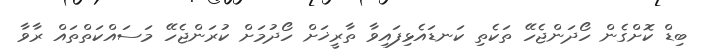
ބިޑް ކޮށްގެން ހޯދަންޖެހޭ ތަކެތި ކަނޑައެޅިފައިވާ ތާރީޚަށް ހޯދުމަށް ކުރަންޖެހޭ މަސައްކަތްތައް ރާވާ